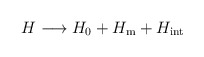
\begin{align*}H \longrightarrow H_0 + H_{\mathrm{m}} + H_{\mathrm{int}}\end{align*}